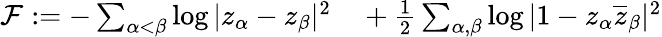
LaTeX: \begin{array}{rl}{\mathcal F:=-\sum_{\alpha<\beta}\log|z_{\alpha}-z_{\beta}|^{2}}&{{}+\frac{1}{2}\sum_{\alpha,\beta}\log|1-z_{\alpha}\overline{{z}}_{\beta}|^{2}}\end{array}